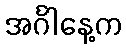
အင်္ဂါနေ့က